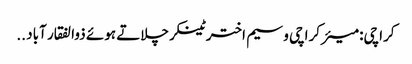
کراچی: میئر کراچی وسیم اختر ٹینکر چلاتے ہوئے ذوالفقار آباد ..